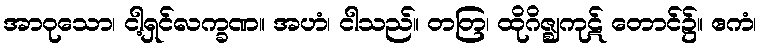
အာဝုသော၊ ငါ့ရှင်လက္ခဏ။ အဟံ၊ ငါသည်။ တတြ၊ ထိုဂိဇ္ဈကုဋ် တောင်၌။ ဧကံ၊